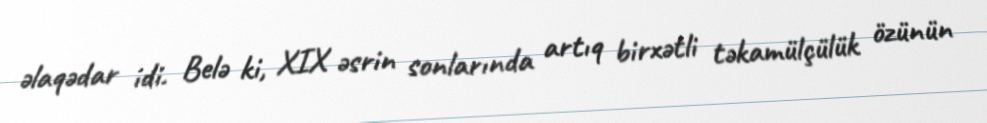
әlaqәdar idi. Belә ki, XIX әsrin sonlarında artıq birxәtli tәkamülçülük özünün